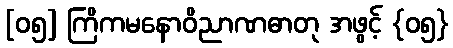
[၀၅] ကြိကမနောဝိညာဏဓာတု အဖွင့် {၀၅}